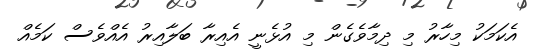
އެކަމަކު މިހާރު މި ދިމާވެގެން މި އުޅެނީ އެއިރާ ބަލާއިރު އެއްވެސް ކަމެއް